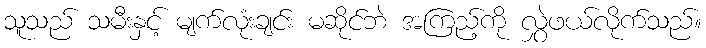
သူသည် သမီးနှင့် မျက်လုံးချင်း မဆိုင်ဘဲ အကြည့်ကို လွှဲဖယ်လိုက်သည်။